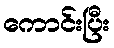
ကောင်းပြီး